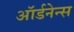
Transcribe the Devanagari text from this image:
ऑर्डनेन्स